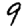
Digit: 9